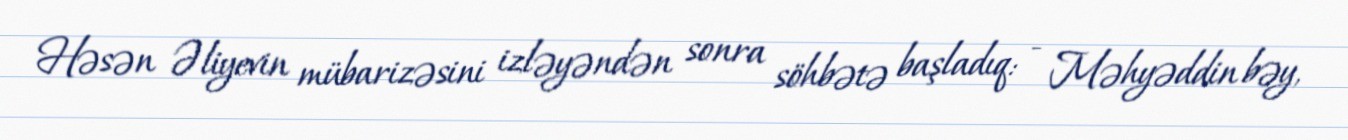
Həsən Əliyevin mübarizəsini izləyəndən sonra söhbətə başladıq: - Məhyəddin bəy,